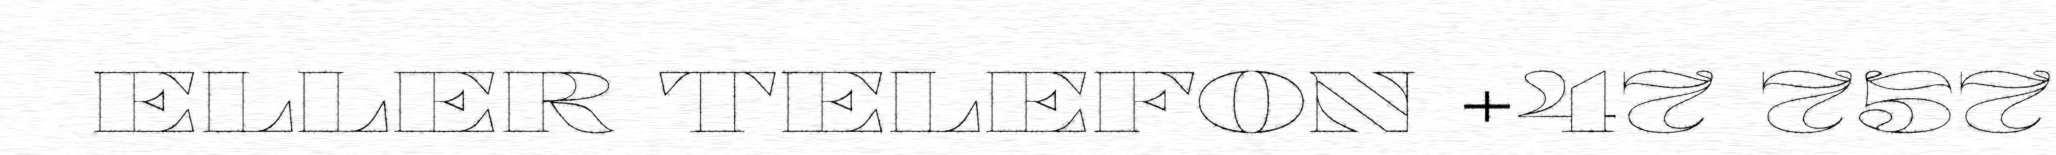
ELLER TELEFON +47 757